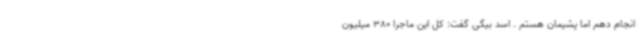
انجام دهم اما پشیمان هستم . اسد بیگی گفت: کل این ماجرا 380 میلیون